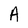
Character: A